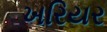
ખરિયર